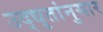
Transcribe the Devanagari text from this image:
उद्‌धृतांनुसार